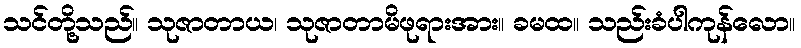
သင်တို့သည်။ သုဇာတာယ၊ သုဇာတာမိဖုရားအား။ ခမထ။ သည်းခံပါကုန်လော။